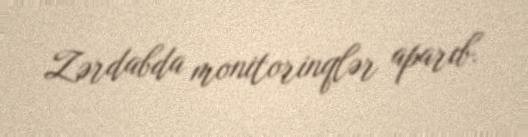
Zərdabda monitorinqlər aparıb.